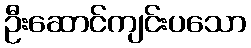
ဦးဆောင်ကျင်းပသော